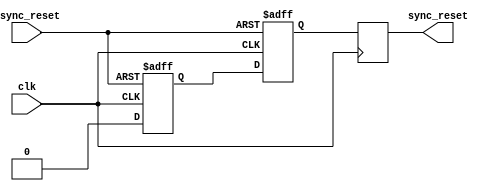
module async_reset_synchronizer (
    input wire async_reset,  // Asynchronous reset signal
    input wire clk,          // Clock signal
    output reg sync_reset    // Synchronized reset signal
);

    // Internal signals for the synchronization flip-flops
    reg sync_ff1;
    reg sync_ff2;

    // Asynchronous reset detection and synchronization logic
    always @(posedge clk or posedge async_reset) begin
        if (async_reset) begin
            // If async_reset is asserted, set sync_ff1 and sync_ff2 to 1
            sync_ff1 <= 1'b1;
            sync_ff2 <= 1'b1;
        end else begin
            // Otherwise synchronize the reset signal
            sync_ff1 <= 1'b0; // De-assert sync_ff1 on clock edge
            sync_ff2 <= sync_ff1; // Capture sync_ff1 in sync_ff2
        end
    end

    // Output the synchronized reset signal
    always @(posedge clk) begin
        sync_reset <= sync_ff2; // Output the synchronized reset
    end

endmodule